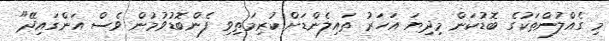
މި ގެއްލުންތަކުގެ ބޮޑުކަން މިދިޔަ އަހަރު ތައިލެންޑަށް ކުރިމަތިވި ފެންބޮޑުވުމުން ވެސް އަންގައިދޭ"